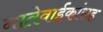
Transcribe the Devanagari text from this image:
नातेवाईंकांंसह